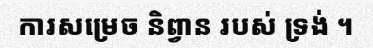
ការសម្រេច និព្វាន របស់ ទ្រង់ ។